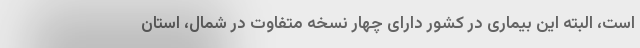
است، البته این بیماری در کشور دارای چهار نسخه متفاوت در شمال، استان